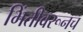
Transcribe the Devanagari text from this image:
भिंतीवरूनच